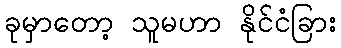
ခုမှာတော့ သူမဟာ နိုင်ငံခြား